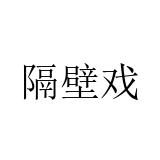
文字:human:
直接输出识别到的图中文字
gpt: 隔壁戏